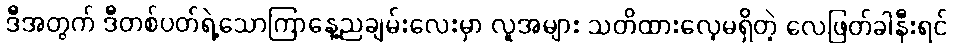
ဒီအတွက် ဒီတစ်ပတ်ရဲ့သောကြာနေ့ညချမ်းလေးမှာ လူအများ သတိထားလေ့မရှိတဲ့ လေဖြတ်ခါနီးရင်